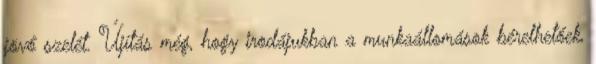
jövő szelét. Újítás még, hogy irodájukban a munkaállomások bérelhetőek,